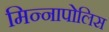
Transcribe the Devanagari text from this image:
मिन्नापोलिस